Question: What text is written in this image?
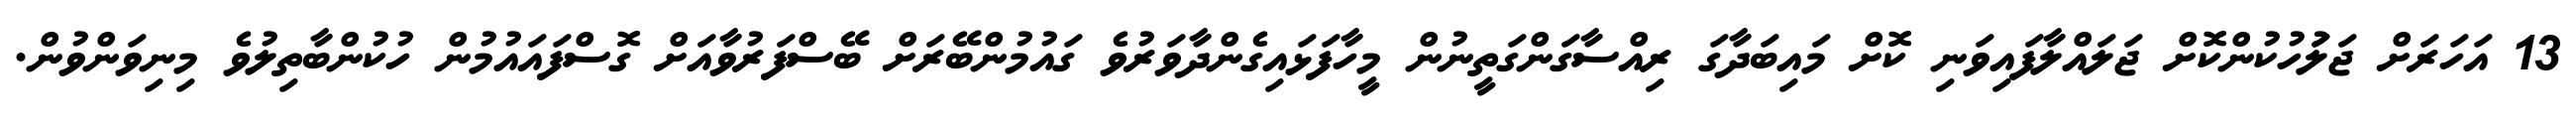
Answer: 13 އަހަރަށް ޖަލަުހުކުންކޮށް ޖަލައްލާފައިވަނި ކޮށް މައިބަދާގަ ރިއްސާގަންގަތީނުން މީހާފަޅައިގެންދާވަރުވެ ގައުމުންބޭރަށް ބޭސްފަރުވާއަށް ގޮސްފައައުމުން ހުކުންބާތިލުވެ މިނިވަންވުން.